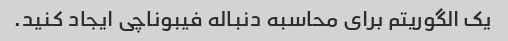
یک الگوریتم برای محاسبه دنباله فیبوناچی ایجاد کنید.